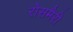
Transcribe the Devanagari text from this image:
रोसमैरी